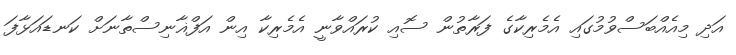
އަދި މިއެއްބަސްވުމުގައި އެމެެރިކާގެ ފަރާތުން ސޮއި ކުރައްވާނީ އެމެރިކާ އިން އަފްޣާނިސްތާނަށް ކަނޑައަޅާފަ